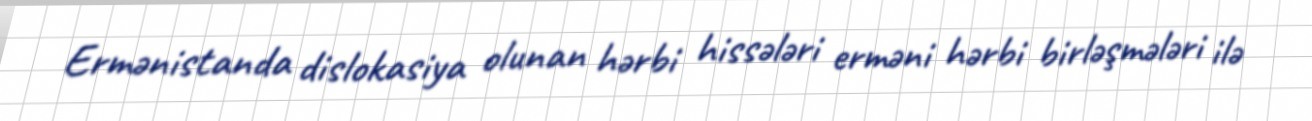
Ermənistanda dislokasiya olunan hərbi hissələri erməni hərbi birləşmələri ilə